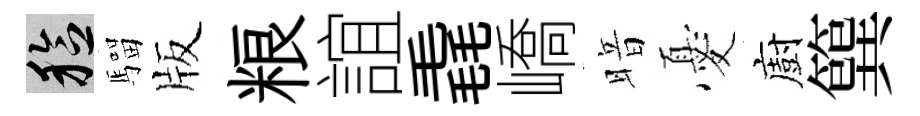
稔騮版粮誼毳嶠暗憂廚簨